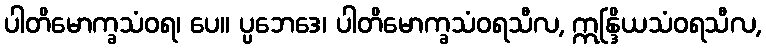
ပါတိမောက္ခသံဝရ၊ ပေ။ ပ္ပဘေဒေ၊ ပါတိမောက္ခသံဝရသီလ, ဣန္ဒြိယသံဝရသီလ,